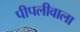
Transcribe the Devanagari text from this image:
पीपलीवाला